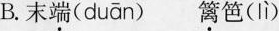
B.末端（ duān ） 篱笆( Iì )